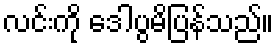
လင်းကို ဒေါပွမိပြန်သည်။